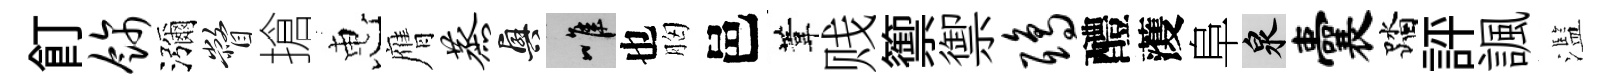
飣饰瀰瞥搶惠膺蒸興唯也胸邑葦贱籞禦鸱醴𮑮阜泉囊踏評諷濫